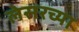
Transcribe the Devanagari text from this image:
लेसरच्या